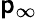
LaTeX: \mathsf{p}_{\infty}